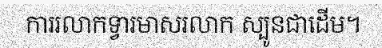
ការរលាកទ្វារមាសរលាក ស្បូនជាដើម។